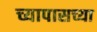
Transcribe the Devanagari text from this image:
च्यापासच्या